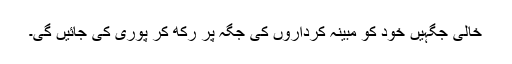
خالی جگہیں خود کو مبینہ کرداروں کی جگہ پر رکھ کر پوری کی جائیں گی۔